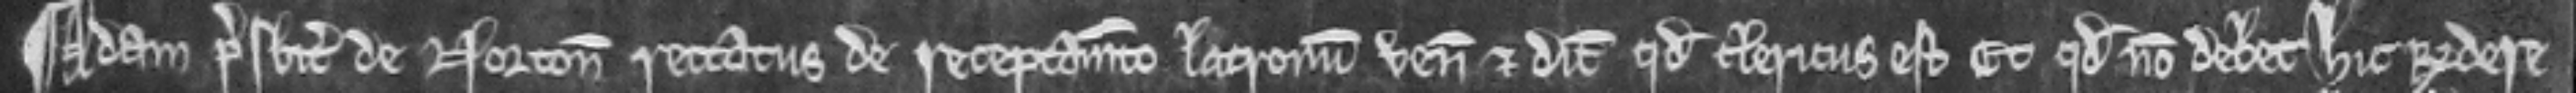
¶ Adam presbiter de Norton rettatus de receptamento latronum venit et dicit quod clericus est Et quod non debet hic respondere